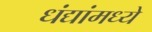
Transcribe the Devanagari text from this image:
धंद्यांमध्ये